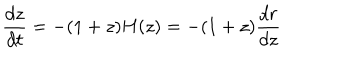
LaTeX: \frac { d z } { d t } = - ( 1 + z ) H ( z ) = - ( 1 + z ) \frac { d r } { d z }